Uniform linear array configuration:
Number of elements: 32
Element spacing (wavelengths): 0.5
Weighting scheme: kaiser
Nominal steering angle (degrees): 0
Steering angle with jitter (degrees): -0.9516
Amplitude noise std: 0.05
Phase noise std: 0.05

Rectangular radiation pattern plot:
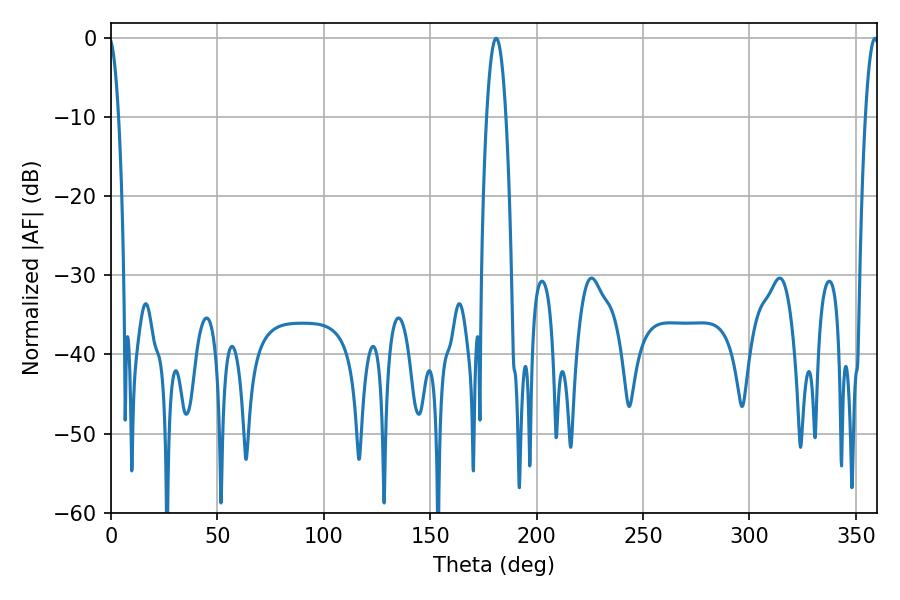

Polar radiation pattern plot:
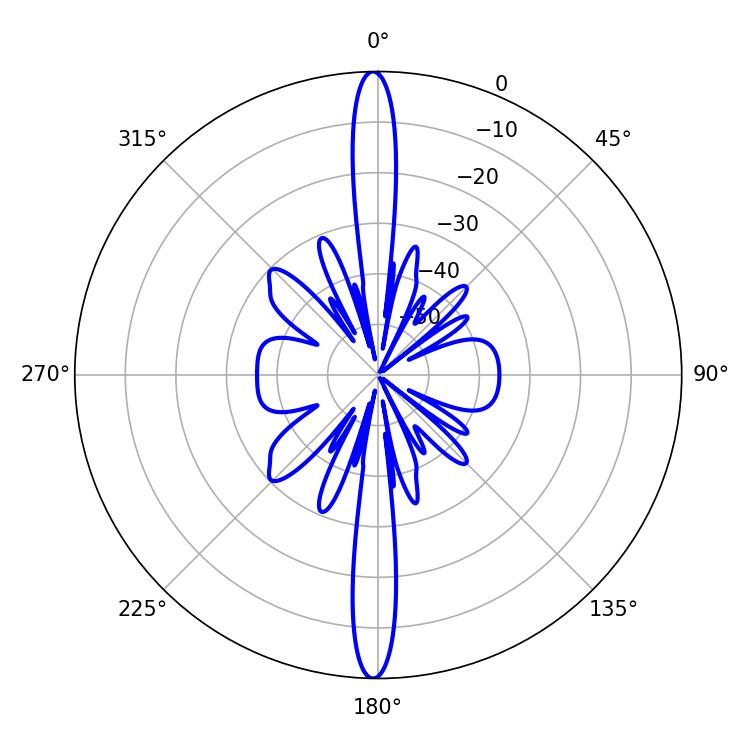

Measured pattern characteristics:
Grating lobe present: FALSE
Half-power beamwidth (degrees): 4.86
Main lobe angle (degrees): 180.9